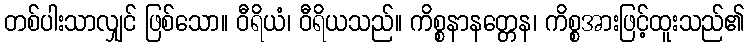
တစ်ပါးသာလျှင် ဖြစ်သော။ ဝီရိယံ၊ ဝီရိယသည်။ ကိစ္စနာနတ္တေန၊ ကိစ္စအားဖြင့်ထူးသည်၏